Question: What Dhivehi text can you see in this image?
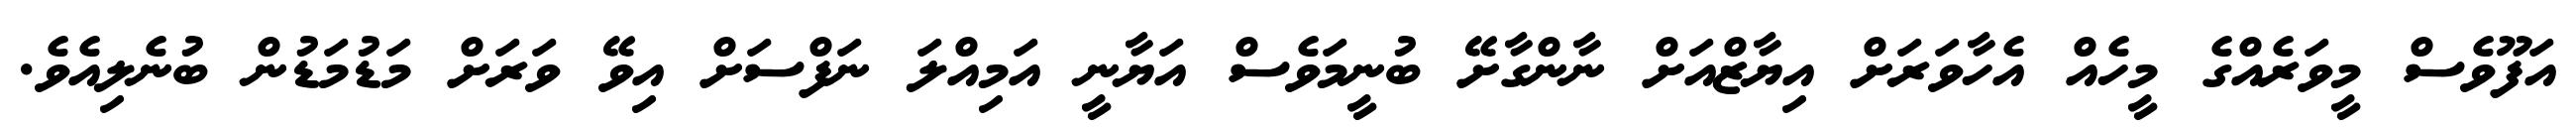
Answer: އަފޫވެސް މީވަރެއްގެ މީހެއް އެހާވަރަށް އިޔާޒްއަށް ނާންގާށޭ ބުނީމަވެސް އަޔާނީ އަމިއްލަ ނަފްސަށް އިވޭ ވަރަށް މަޑުމަޑުން ބުނެލިއެވެ.